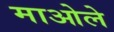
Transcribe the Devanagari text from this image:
माओले